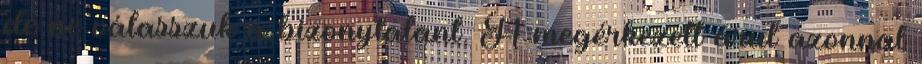
de ne válasszuk a bizonytalant. A megérkezett árut azonnal